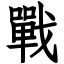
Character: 戰